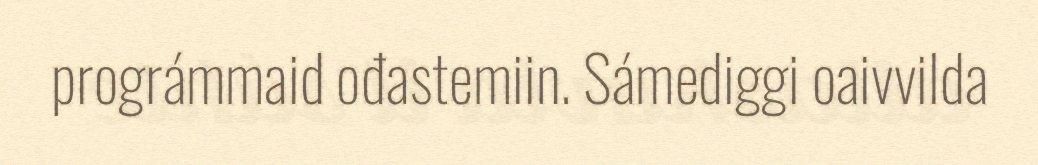
prográmmaid ođastemiin. Sámediggi oaivvilda